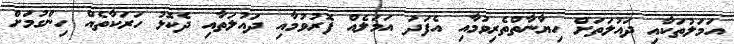
އަމަލުތަކާއި ދައުލަތަށް ހިޔާނާތްތެރިވުމާއި އެފަދަ އަމަލެއް ފޮރުވުމާއި ދައުލަތާއި ދެކޮޅު ހަރަކާތެއް ހިންގުމަށް